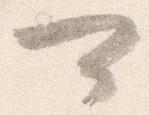
可